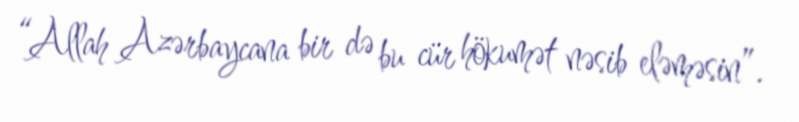
“Allah Azərbaycana bir də bu cür hökumət nəsib eləməsin”.